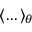
\langle \dots \rangle _ { \theta }